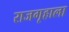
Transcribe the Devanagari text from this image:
राजगृहाला